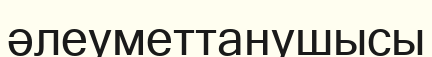
әлеуметтанушысы